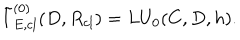
{ \tilde { I } } _ { E , c l } ^ { ( 0 ) } ( D , R _ { c l } ) = L U _ { 0 } ( C , D , h ) .